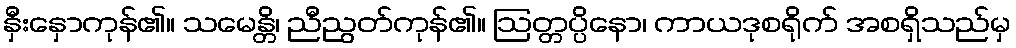
နှီးနှောကုန်၏။ သမေန္တိ၊ ညီညွတ်ကုန်၏။ ဩတ္တပ္ပိနော၊ ကာယဒုစရိုက် အစရှိသည်မှ